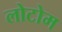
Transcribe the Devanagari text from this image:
लोटोम